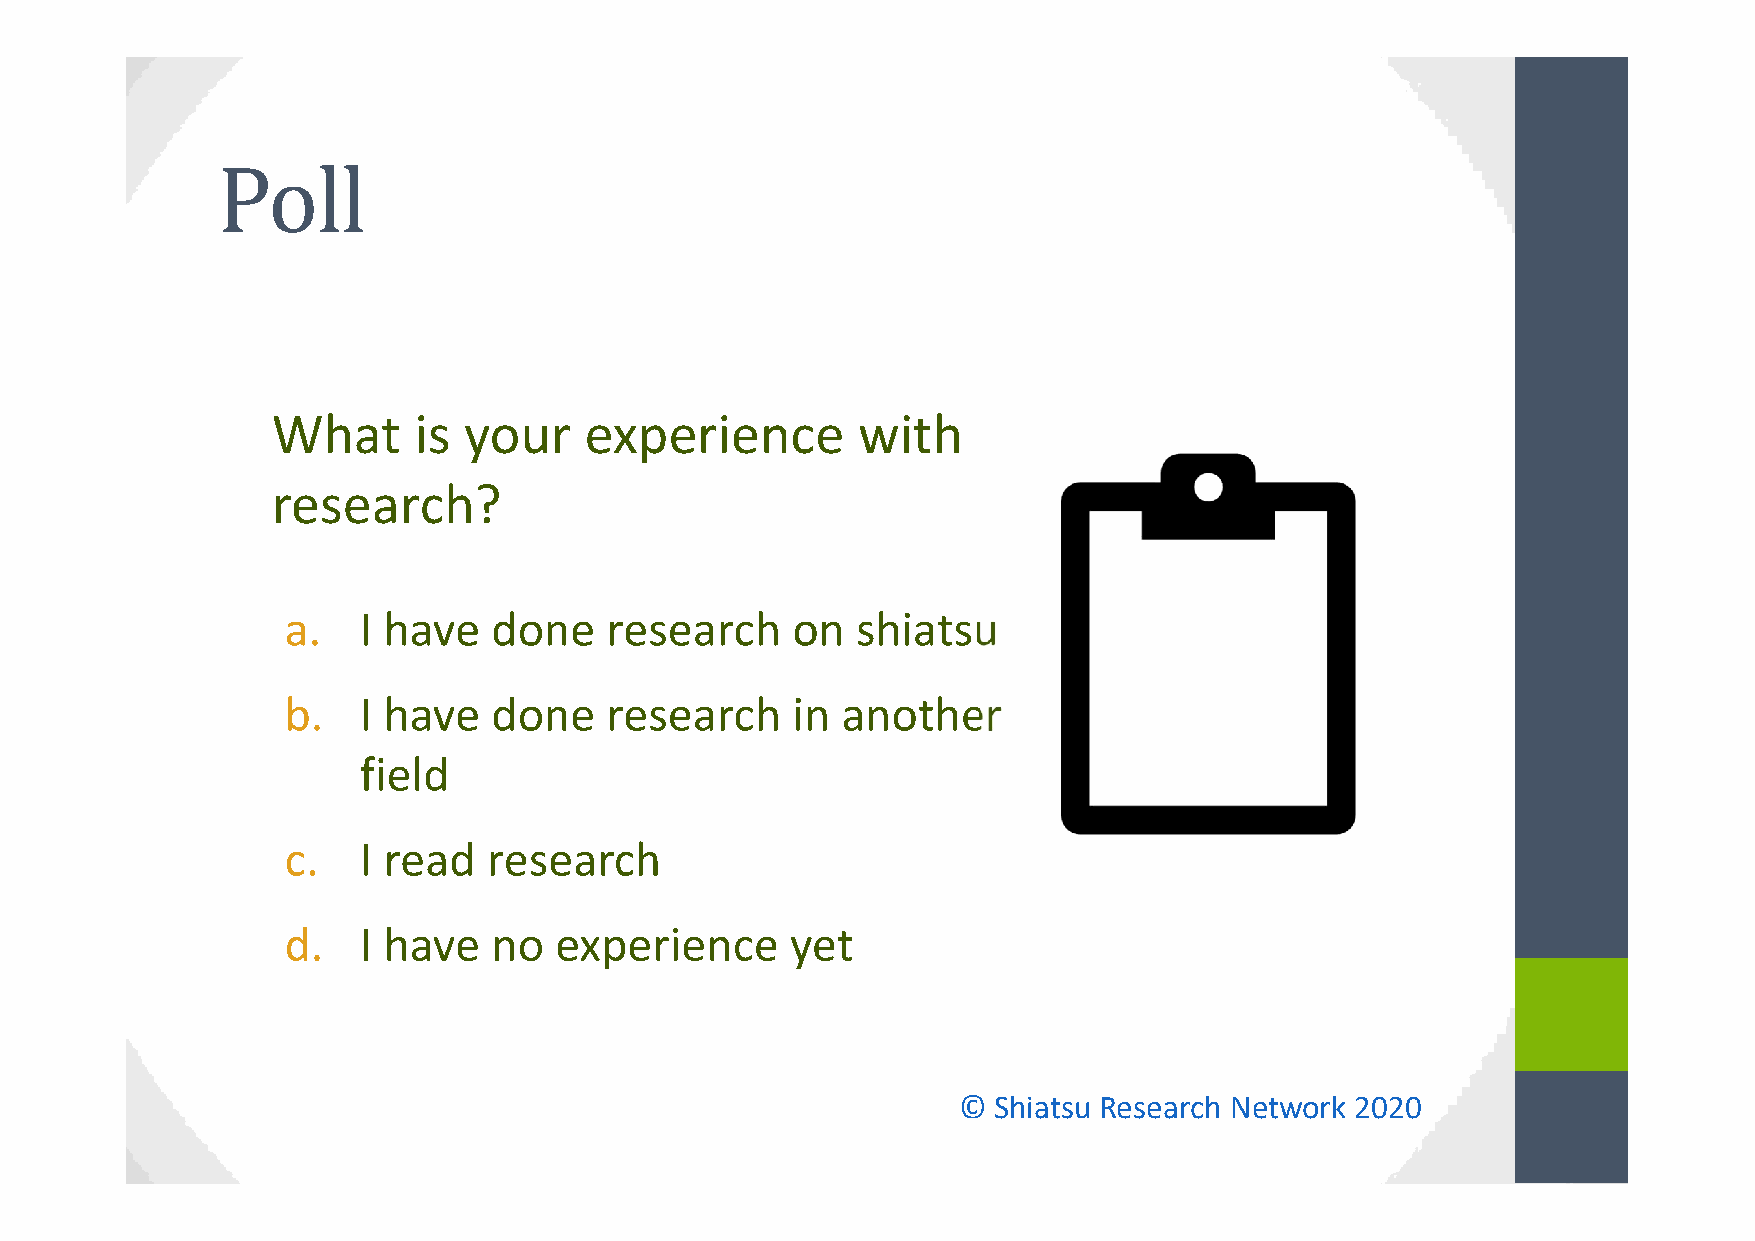
What     is  your    experience        with
 research?
 a.   I have   done   research    on   shiatsu
 b.   I have   done   research    in  another
 field
 c.   I read  research
 d.   I have   no  experience     yet
 ©  Shiatsu Research Network 2020